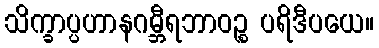
သိက္ခာပ္ပဟာနဂမ္ဘီရဘာဝဉ္စ ပရိဒီပယေ။